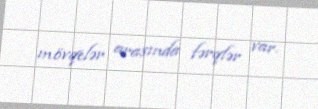
mövqelər arasında fərqlər var.